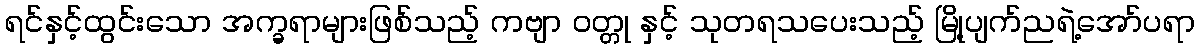
ရင်နှင့်ထွင်းသော အက္ခရာများဖြစ်သည့် ကဗျာ ဝတ္တု နှင့် သုတရသပေးသည့် မြို့ပျက်ညရဲ့အော်ပရာ